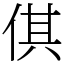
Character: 倛